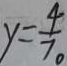
y = \frac { 4 } { 7 } 。